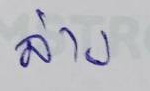
ล่าง